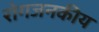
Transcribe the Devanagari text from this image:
रोगजनकीय